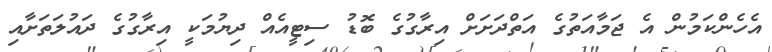
އެހެންކަމުން އެ ޖަމާއަތުގެ އަތްދަށަށް އިރާގުގެ ބޮޑު ސިޓީއެއް ދިޔުމަކީ އިރާގުގެ ދައުލަތަށާއި